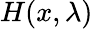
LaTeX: H(x,\lambda)